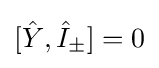
[{\hat {Y}},{\hat {I}}_{\pm }]=0